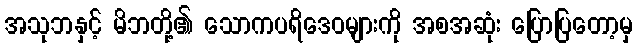
အသုဘနှင့် မိဘတို့၏ သောကပရိဒေဝများကို အစအဆုံး ပြောပြတော့မှ